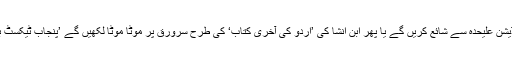
کیا وہ ہر کتاب کا پنجاب ایڈیشن علیحدہ سے شائع کریں گے یا پھر ابنِ انشا کی ’اردو کی آخری کتاب‘ کی طرح سرورق پر موٹا موٹا لکھیں گے ’پنجاب ٹیکسٹ بک بورڈ سے نامنظور شدہ۔